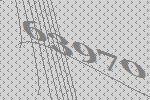
63970